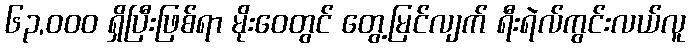
၆၃,၀၀၀ ရှိပြီးဖြစ်ရာ မိုးဝေတွင် တွေ့မြင်လျက် ရီးရဲလ်ကွင်းလယ်လူ